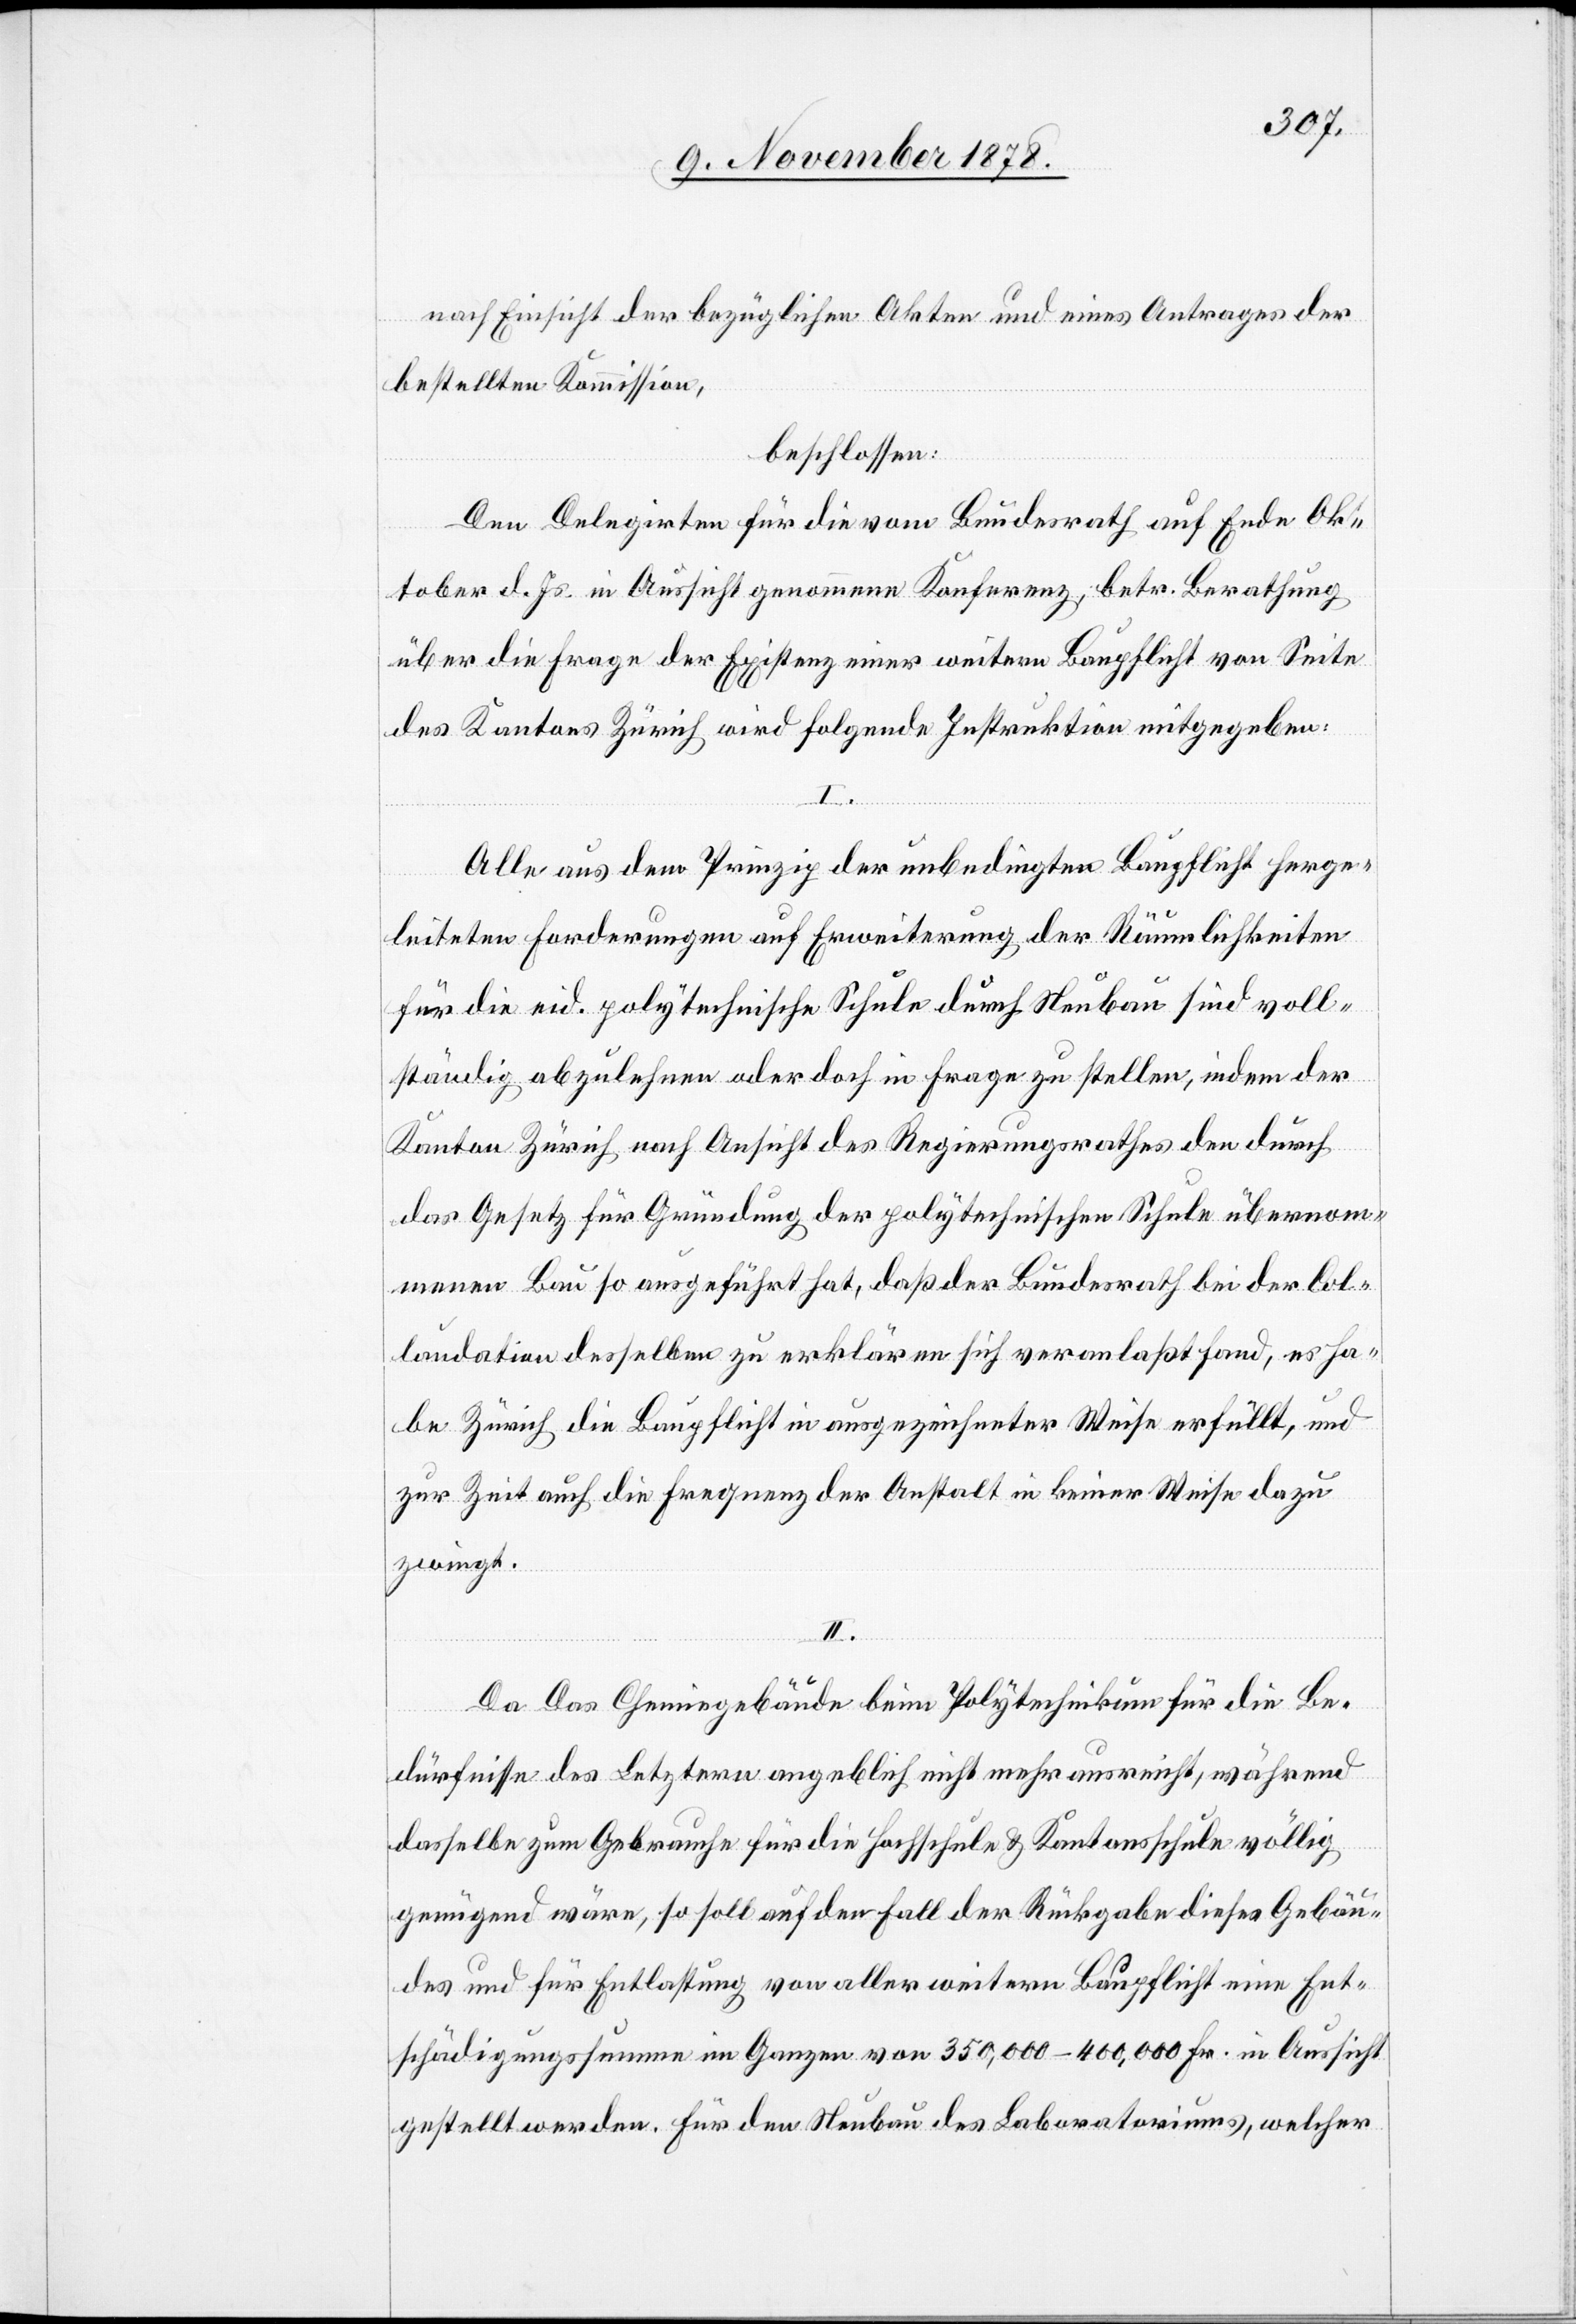
nach Einsicht der bezüglichen Akten und eines Antrages der
bestellten Kommission,
beschlossen:
Den Delegirten für die vom Bundesrath auf Ende Ok¬
tober d. Js. in Aussicht genommene Konferenz, betr. Berathung
über die Frage der Existenz einer weitern Baupflicht von Seite
des Kantons Zürich wird folgende Instruktion mitgegeben:
I.
Alle aus dem Prinzip der unbedingten Baupflicht herge¬
leiteten Forderungen auf Erweiterung der Räumlichkeiten
für die eid. polytechnische Schule durch Neubau sind voll¬
ständig abzulehnen oder doch in Frage zu stellen, indem der
Kanton Zürich nach Ansicht des Regierungsrathes den durch
das Gesetz für Gründung der polytechnischen Schule übernom¬
menen Bau so ausgeführt hat, daß der Bundesrath bei der Col¬
laudation desselben zu erklären sich veranlaßt fand, es ha¬
be Zürich die Baupflicht in ausgezeichneter Weise erfüllt, und
zur Zeit auch die Frequenz der Anstalt in keiner Weise dazu
zwingt.
II.
Das [sic!] Chemiegebäude beim Polytechnikum für die Be¬
dürfnisse des Letztern angeblich nicht mehr ausreicht, während
dasselbe zum Gebrauche für die Hochschule & Kantonsschule völlig
genügend wäre, so soll auf den Fall der Rückgabe dieses Gebäu¬
des und für Entlastung von aller weitern Baupflicht eine Ent¬
schädigungssumme im Ganzen von 350,000–400,000 Fr. in Aussicht
gestellt werden. Für den Neubau des Laboratoriums, welches